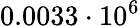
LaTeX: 0.0033\cdot 10^{6}